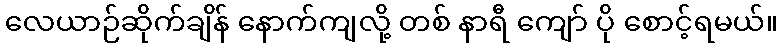
လေယာဉ်ဆိုက်ချိန် နောက်ကျလို့ တစ် နာရီ ကျော် ပို စောင့်ရမယ်။